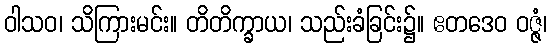
ဝါသဝ၊ သိကြားမင်း။ တိတိက္ခာယ၊ သည်းခံခြင်း၌။ ဧတဒေဝ ဝဇ္ဇံ၊